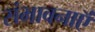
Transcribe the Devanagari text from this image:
संभावनाऍं